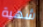
شهية